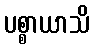
ပစ္စာယာသိ